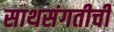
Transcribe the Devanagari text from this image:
साथसंगतीची